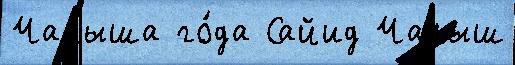
Чалыша го́да Сайид Чалыш